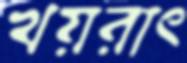
খয়রাৎ